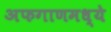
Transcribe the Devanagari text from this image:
अफगाणमध्ये